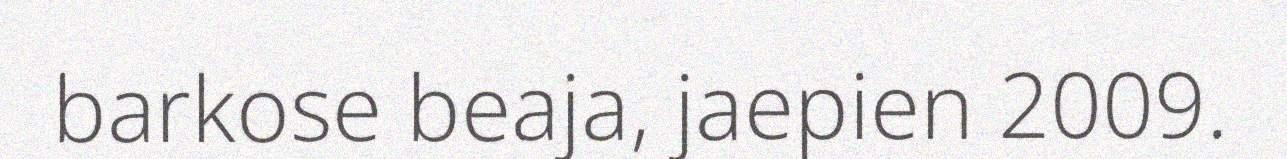
barkose beaja, jaepien 2009.